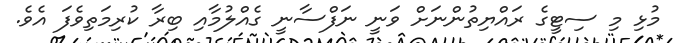
މުޅި މި ސިޓީގެ ރައްޔިތުންނަށް ވަނީ ނަފްސާނީ ގެއްލުމާއި ބިރާ ކުރިމަތިވެފަ އެވެ.